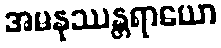
အမနုဿန္တရာယော